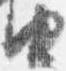
由